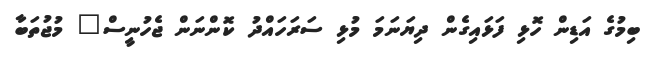
ބިމުގެ އަޑިން ހޮޅި ފަޅައިގެން ދިޔަނަމަ މުޅި ސަރަހައްދު ކޮންނަން ޖެހުނީސް" މުޖުތަބާ